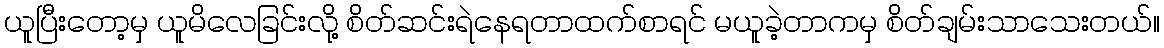
ယူပြီးတော့မှ ယူမိလေခြင်းလို့ စိတ်ဆင်းရဲနေရတာထက်စာရင် မယူခဲ့တာကမှ စိတ်ချမ်းသာသေးတယ်။